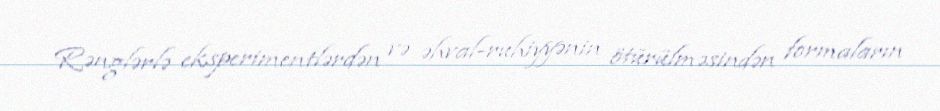
Rənglərlə eksperimentlərdən və əhval-ruhiyyənin ötürülməsindən formaların